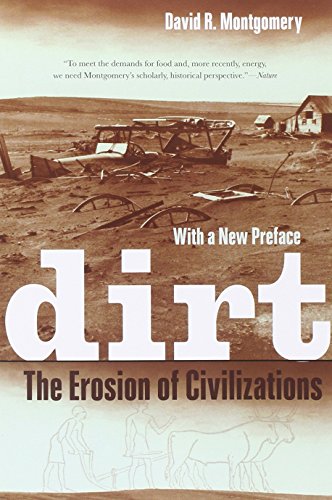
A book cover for Dirt: The Erosion of Civilizations; David R. Montgomery; Science & Math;